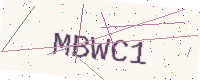
Text: MBWC1